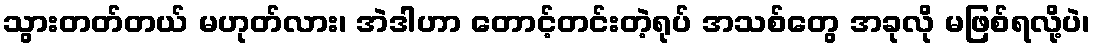
သွားတတ်တယ် မဟုတ်လား၊ အဲဒါဟာ တောင့်တင်းတဲ့ရုပ် အသစ်တွေ အခုလို မဖြစ်ရလို့ပဲ၊